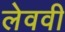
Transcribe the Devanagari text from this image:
लेववी